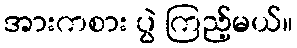
အားကစား ပွဲ ကြည့်မယ်။